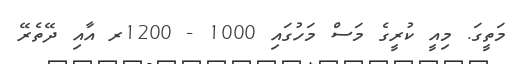
މަތީގަ. މިއީ ކުރީގެ މަސް މަހުގައި 1000 - 1200ރ އާއި ދޭތެރޭ